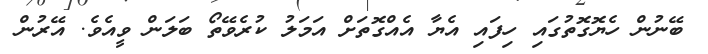
ބޭނުން ހެޔޮގޮތުގައި ހިފައި އެޔާ އެއްގޮތަށް އަމަލު ކުރެވޭތޯ ބަލަން ވީއެވެ. އޭރުން